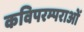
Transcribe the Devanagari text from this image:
कविपरम्पराओं